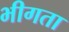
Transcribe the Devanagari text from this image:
भीगता